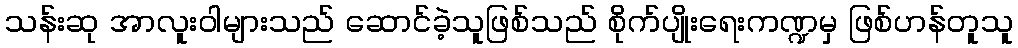
သန်းဆု အာလူးဝါများသည် ဆောင်ခဲ့သူဖြစ်သည် စိုက်ပျိုးရေးကဏ္ဍမှ ဖြစ်ဟန်တူသူ